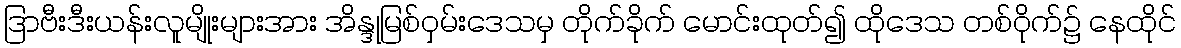
ဒြာဗီးဒီးယန်းလူမျိုးများအား အိန္ဒုမြစ်ဝှမ်းဒေသမှ တိုက်ခိုက် မောင်းထုတ်၍ ထိုဒေသ တစ်ဝိုက်၌ နေထိုင်